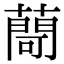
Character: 𦽅